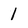
Character: 1